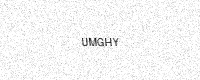
Text: UMGHY